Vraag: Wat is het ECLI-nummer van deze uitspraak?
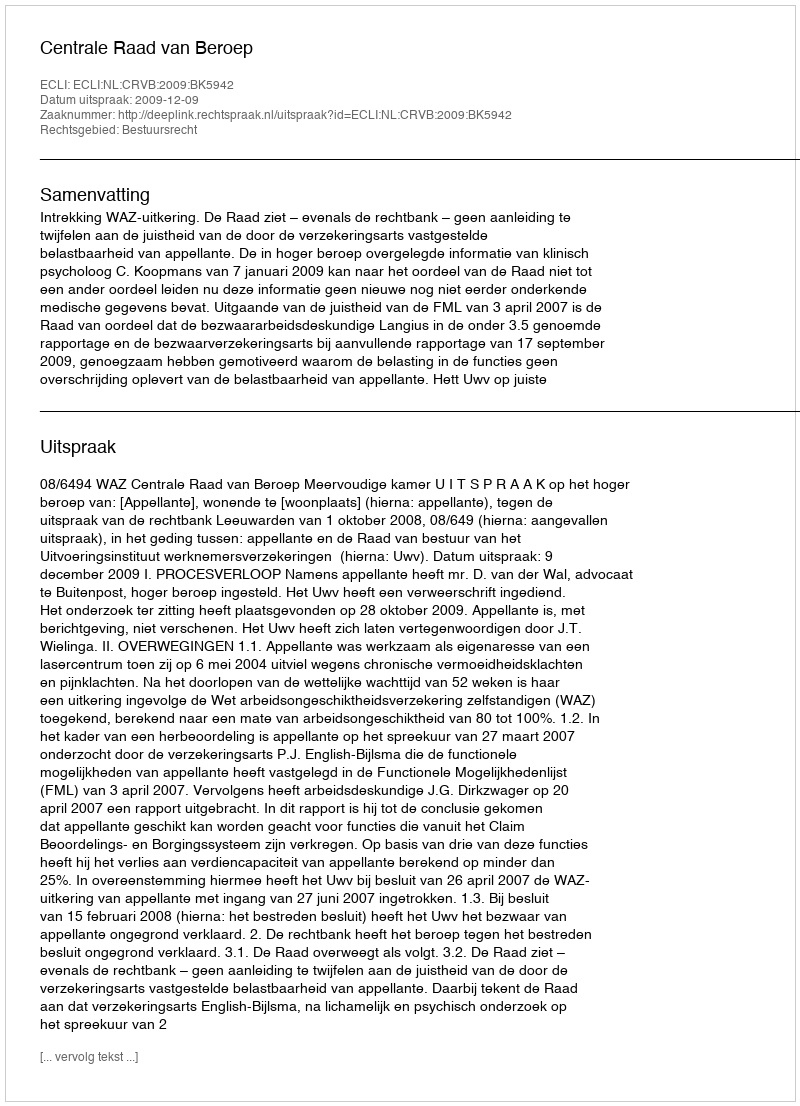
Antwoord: ECLI:NL:CRVB:2009:BK5942